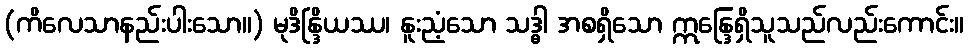
(ကိလေသာနည်းပါးသော။) မုဒိန္ဒြိယဿ၊ နူးညံ့သော သဒ္ဓါ အစရှိသော ဣန္ဒြေရှိသူသည်လည်းကောင်း။